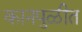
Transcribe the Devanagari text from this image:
कानपुळीत